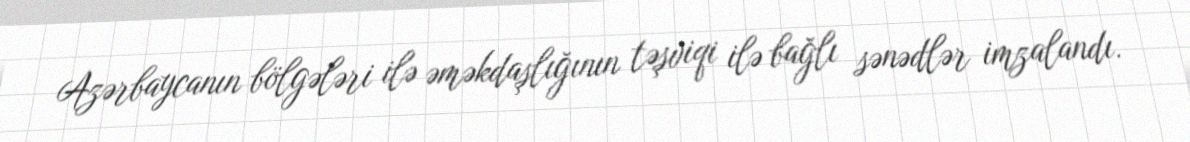
Azərbaycanın bölgələri ilə əməkdaşlığının təşviqi ilə bağlı sənədlər imzalandı.